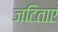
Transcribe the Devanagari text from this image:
जटिताएं